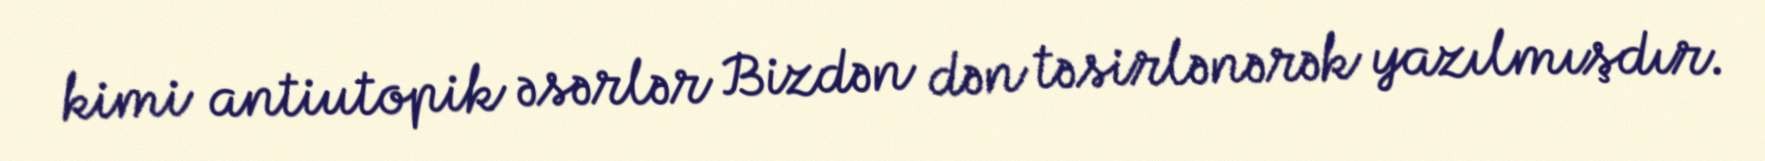
kimi antiutopik əsərlər Bizdən dən təsirlənərək yazılmışdır.